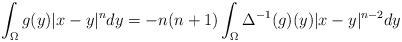
LaTeX: \begin{align*}\int_{\Omega}g(y)|x-y|^ndy=-n(n+1)\int_{\Omega}\Delta^{-1}(g)(y)|x-y|^{n-2}dy\end{align*}